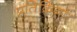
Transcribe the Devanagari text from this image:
प्रतिक्रिया।